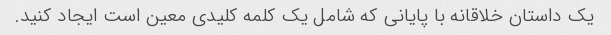
یک داستان خلاقانه با پایانی که شامل یک کلمه کلیدی معین است ایجاد کنید.